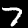
Label: 7